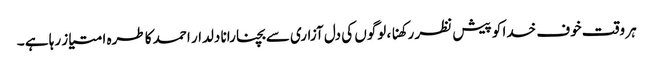
ہر وقت خوف خدا کو پیش نظر رکھنا ، لوگوں کی دل آزاری سے بچنا رانا دلدار احمد کا طرہ امتیاز رہا ہے ۔